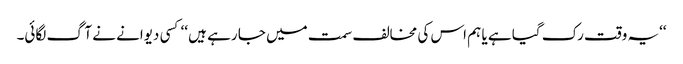
‘‘یہ وقت رک گیا ہے یا ہم اس کی مخالف سمت میں جا رہے ہیں ‘‘ کسی دیوانے نے آگ لگائی۔